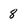
Character: 8